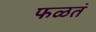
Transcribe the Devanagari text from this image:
फळतं